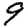
Digit: 9